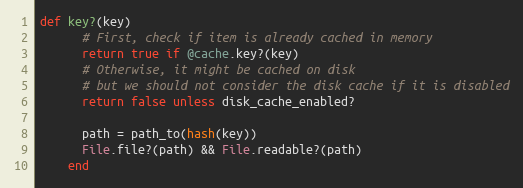
Language: Ruby
def key?(key)
      # First, check if item is already cached in memory
      return true if @cache.key?(key)
      # Otherwise, it might be cached on disk
      # but we should not consider the disk cache if it is disabled
      return false unless disk_cache_enabled?

      path = path_to(hash(key))
      File.file?(path) && File.readable?(path)
    end